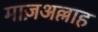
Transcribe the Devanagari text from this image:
माज़अल्लाह